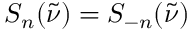
S _ { n } ( \tilde { \nu } ) = S _ { - n } ( \tilde { \nu } )